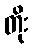
တိုး